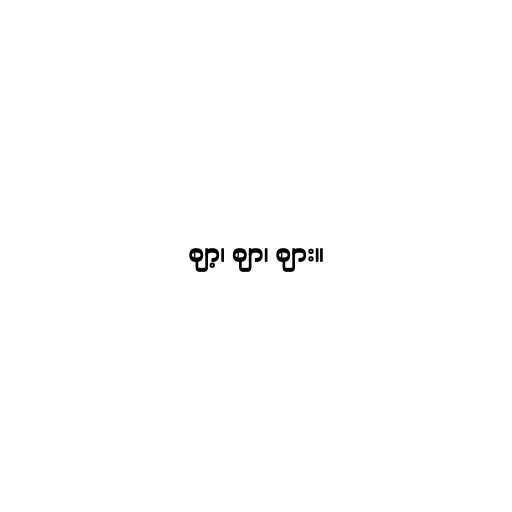
ဈာ့၊ ဈာ၊ ဈား။